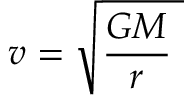
\ v = { \sqrt { { \frac { G M } { r } } \ } }